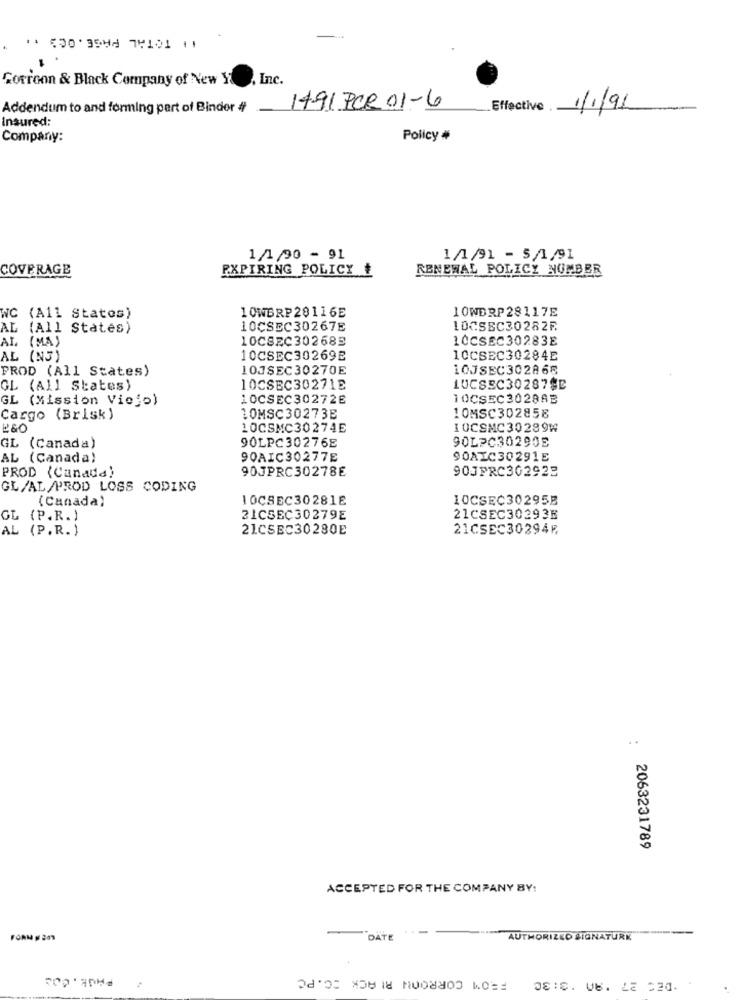
** 5303594 7⑈101 11
Gorroon & Black Company of New Y
, Inc.
Addendum to and forming part of Binder #
1491 PCR 01-6
Effective.
1/1/91
Insured:
Company:
Policy #
1/1/90 - 91
1/1/91 - 5/1/91
COVERAGE
EXPIRING POLICY ₺
RENEWAL POLICY NUMBER
10WBRP28116E
10WERP 28117E
WC
(All States)
AL (All States)
10CSEC30267E
10CSEC30282₣
AL (MA)
10CSEC302685
10CSEC30283E
AL (N5)
10CSEC30269E
ICCSEC30284E
PROD (All States)
10JSEC30270E
10JSEC302865
GL (All States)
10CSBC30271E
LUCSEC30287SE
GL (Mission Viejo)
10CSEC30272E
10CSEC3028AB
Cargo (Brisk)
1OMSC30273E
10MSC302858
10CSMC30274E
IOCSMC30289₩
90LPC30290E
GL (Canada)
90LPC30276E
AL (Canada)
90AIC30277E
90AIC30291E
90JPRC30278E
90JPRC302922
PROD (Canada)
GL/AL/PROD LOSS CODING
(Canada)
10CSEC30281E
10CSEC30295B
GL (P.R.)
ZICSEC30279E
21CSEC302936
AL (P.R.)
21CSEC30280E
21CSEC30294F
: 2063231789
ACCEPTED FOR THE COMPANY BY:
-
FORM # 201
DATE
AUTHORIZED SIGNATURK
.DEC 27 'AA '3:30 FROM CORROON BLACK =C.PC